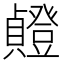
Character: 𫧸